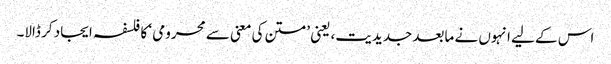
اس کے لیے انہوں نے مابعد جدیدیت، یعنی ’متن کی معنی سے محرومی ‘ کا فلسفہ ایجاد کر ڈالا۔